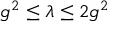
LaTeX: g ^ { 2 } \le \lambda \le 2 g ^ { 2 }